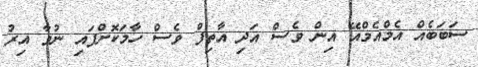
ސަބަބެއް އެމްއެމްއޭ އިން ވެސް އަދި އާތިފް ވެސް ހާމަކޮށްފައި ނުވާ އިރު